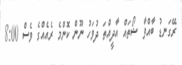
ރޭގަނޑު ބާއްވާ ޝޯތައް އާދީއްތަ ދުވަހު ނޫން ކޮންމެ ރެއެއްގެ ވެސް 8:00